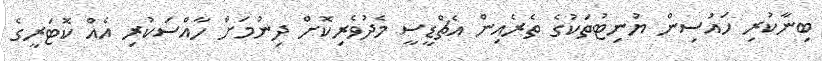
ބިނާކުރި ހައުސިން ޔުނިޓުތަކުގެ ތެރެއިން އެޗްޑީސީ މެދުވެރިކޮށް ދިނުމަށް ހާއްސަކުރި އެއް ކޮޓަރީގެ